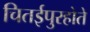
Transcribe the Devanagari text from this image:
चितईपुरहोते